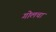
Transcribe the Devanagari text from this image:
गोलचा